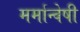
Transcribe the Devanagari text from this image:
मर्मान्‍वेषी